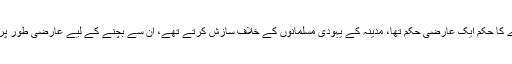
سوال: پردے کا حکم ایک عارضی حکم تھا، مدینہ کے یہودی مسلمانوں کے خلاف سازش کرتے تھے، اُن سے بچنے کے لیے عارضی طور پر دیا گیا تھا۔